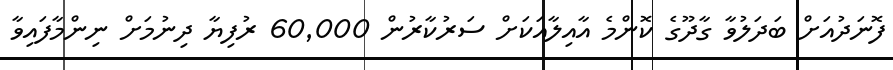
ފޮނަދުއަށް ބަދަލުވާ ގާދޫގެ ކޮންމެ އާއިލާއަކަށް ސަރުކާރުން 60